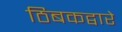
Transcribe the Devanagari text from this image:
ठिबकद्वारे